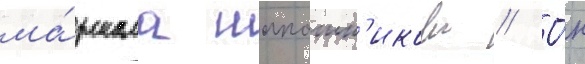
ма́ршала шапошн'икова // О́н